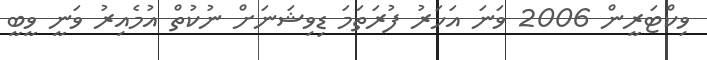
ވިކްޓަރީން 2006 ވަނަ އަހަރު ފުރަތަމަ ޑިވިޝަނަށް ނުކުތް އުމެއިރު ވަނީ ވީބީ